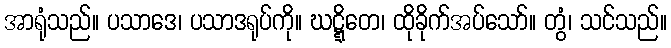
အာရုံသည်။ ပသာဒေ၊ ပသာဒရုပ်ကို။ ဃဋ္ဋိတေ၊ ထိုခိုက်အပ်သော်။ တွံ၊ သင်သည်။